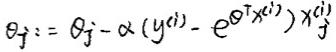
$\theta_j := \theta_j - \alpha (y^{(i)} - e^{\Theta^T x^{(i)}}) x^{(i)}_j$